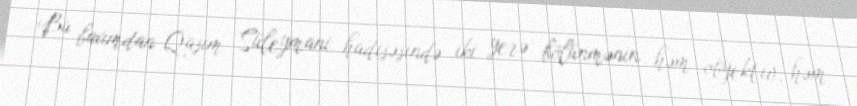
Bu baxımdan Qasim Süleymani hadisəsində iki yerə bölünmənin həm obyektiv, həm